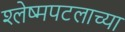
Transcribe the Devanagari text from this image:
श्लेष्मपटलाच्या